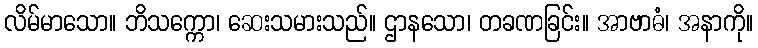
လိမ်မာသော။ ဘိသက္ကော၊ ဆေးသမားသည်။ ဌာနသော၊ တခဏခြင်း။ အာဗာဓံ၊ အနာကို။